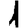
Digit: 1